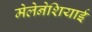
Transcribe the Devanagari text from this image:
मेलेनेशियाई